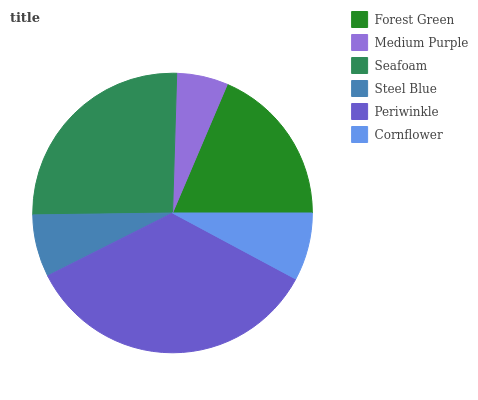
| Forest Green | Medium Purple | Seafoam | Steel Blue | Periwinkle | Cornflower |
 | --- | --- | --- | --- | --- | --- |
 | 18.6% | 5.94% | 25.6% | 7.2% | 34.7% | 7.84% |